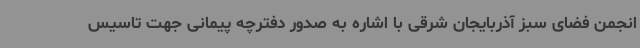
انجمن فضای سبز آذربایجان شرقی با اشاره به صدور دفترچه پیمانی جهت تاسیس